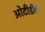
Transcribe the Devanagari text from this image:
ओटीडीडी